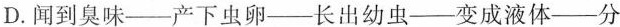
D. 闻到臭味——产下虫卵——长出幼虫——变成液体——分